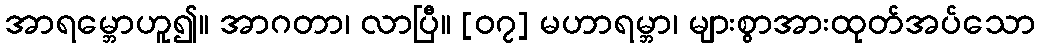
အာရမ္ဘောဟူ၍။ အာဂတာ၊ လာပြီ။ [၀၇] မဟာရမ္ဘာ၊ များစွာအားထုတ်အပ်သော